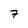
Character: 7